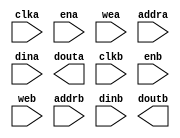
module s3adsp_ddr2_cache(
  clka,
  ena,
  wea,
  addra,
  dina,
  douta,
  clkb,
  enb,
  web,
  addrb,
  dinb,
  doutb
);

input clka;
input ena;
input [3 : 0] wea;
input [9 : 0] addra;
input [31 : 0] dina;
output [31 : 0] douta;
input clkb;
input enb;
input [7 : 0] web;
input [8 : 0] addrb;
input [63 : 0] dinb;
output [63 : 0] doutb;

// synthesis translate_off

  BLK_MEM_GEN_V6_1 #(
    .C_ADDRA_WIDTH(10),
    .C_ADDRB_WIDTH(9),
    .C_ALGORITHM(1),
    .C_AXI_ID_WIDTH(4),
    .C_AXI_SLAVE_TYPE(0),
    .C_AXI_TYPE(1),
    .C_BYTE_SIZE(8),
    .C_COMMON_CLK(0),
    .C_DEFAULT_DATA("0"),
    .C_DISABLE_WARN_BHV_COLL(1),
    .C_DISABLE_WARN_BHV_RANGE(0),
    .C_FAMILY("spartan3"),
    .C_HAS_AXI_ID(0),
    .C_HAS_ENA(1),
    .C_HAS_ENB(1),
    .C_HAS_INJECTERR(0),
    .C_HAS_MEM_OUTPUT_REGS_A(0),
    .C_HAS_MEM_OUTPUT_REGS_B(0),
    .C_HAS_MUX_OUTPUT_REGS_A(0),
    .C_HAS_MUX_OUTPUT_REGS_B(0),
    .C_HAS_REGCEA(0),
    .C_HAS_REGCEB(0),
    .C_HAS_RSTA(0),
    .C_HAS_RSTB(0),
    .C_HAS_SOFTECC_INPUT_REGS_A(0),
    .C_HAS_SOFTECC_OUTPUT_REGS_B(0),
    .C_INIT_FILE_NAME("no_coe_file_loaded"),
    .C_INITA_VAL("0"),
    .C_INITB_VAL("0"),
    .C_INTERFACE_TYPE(0),
    .C_LOAD_INIT_FILE(0),
    .C_MEM_TYPE(2),
    .C_MUX_PIPELINE_STAGES(0),
    .C_PRIM_TYPE(1),
    .C_READ_DEPTH_A(1024),
    .C_READ_DEPTH_B(512),
    .C_READ_WIDTH_A(32),
    .C_READ_WIDTH_B(64),
    .C_RST_PRIORITY_A("CE"),
    .C_RST_PRIORITY_B("CE"),
    .C_RST_TYPE("SYNC"),
    .C_RSTRAM_A(0),
    .C_RSTRAM_B(0),
    .C_SIM_COLLISION_CHECK("NONE"),
    .C_USE_BYTE_WEA(1),
    .C_USE_BYTE_WEB(1),
    .C_USE_DEFAULT_DATA(0),
    .C_USE_ECC(0),
    .C_USE_SOFTECC(0),
    .C_WEA_WIDTH(4),
    .C_WEB_WIDTH(8),
    .C_WRITE_DEPTH_A(1024),
    .C_WRITE_DEPTH_B(512),
    .C_WRITE_MODE_A("WRITE_FIRST"),
    .C_WRITE_MODE_B("WRITE_FIRST"),
    .C_WRITE_WIDTH_A(32),
    .C_WRITE_WIDTH_B(64),
    .C_XDEVICEFAMILY("spartan3adsp")
  )
  inst (
    .CLKA(clka),
    .ENA(ena),
    .WEA(wea),
    .ADDRA(addra),
    .DINA(dina),
    .DOUTA(douta),
    .CLKB(clkb),
    .ENB(enb),
    .WEB(web),
    .ADDRB(addrb),
    .DINB(dinb),
    .DOUTB(doutb),
    .RSTA(),
    .REGCEA(),
    .RSTB(),
    .REGCEB(),
    .INJECTSBITERR(),
    .INJECTDBITERR(),
    .SBITERR(),
    .DBITERR(),
    .RDADDRECC(),
    .S_ACLK(),
    .S_ARESETN(),
    .S_AXI_AWID(),
    .S_AXI_AWADDR(),
    .S_AXI_AWLEN(),
    .S_AXI_AWSIZE(),
    .S_AXI_AWBURST(),
    .S_AXI_AWVALID(),
    .S_AXI_AWREADY(),
    .S_AXI_WDATA(),
    .S_AXI_WSTRB(),
    .S_AXI_WLAST(),
    .S_AXI_WVALID(),
    .S_AXI_WREADY(),
    .S_AXI_BID(),
    .S_AXI_BRESP(),
    .S_AXI_BVALID(),
    .S_AXI_BREADY(),
    .S_AXI_ARID(),
    .S_AXI_ARADDR(),
    .S_AXI_ARLEN(),
    .S_AXI_ARSIZE(),
    .S_AXI_ARBURST(),
    .S_AXI_ARVALID(),
    .S_AXI_ARREADY(),
    .S_AXI_RID(),
    .S_AXI_RDATA(),
    .S_AXI_RRESP(),
    .S_AXI_RLAST(),
    .S_AXI_RVALID(),
    .S_AXI_RREADY(),
    .S_AXI_INJECTSBITERR(),
    .S_AXI_INJECTDBITERR(),
    .S_AXI_SBITERR(),
    .S_AXI_DBITERR(),
    .S_AXI_RDADDRECC()
  );

// synthesis translate_on

endmodule